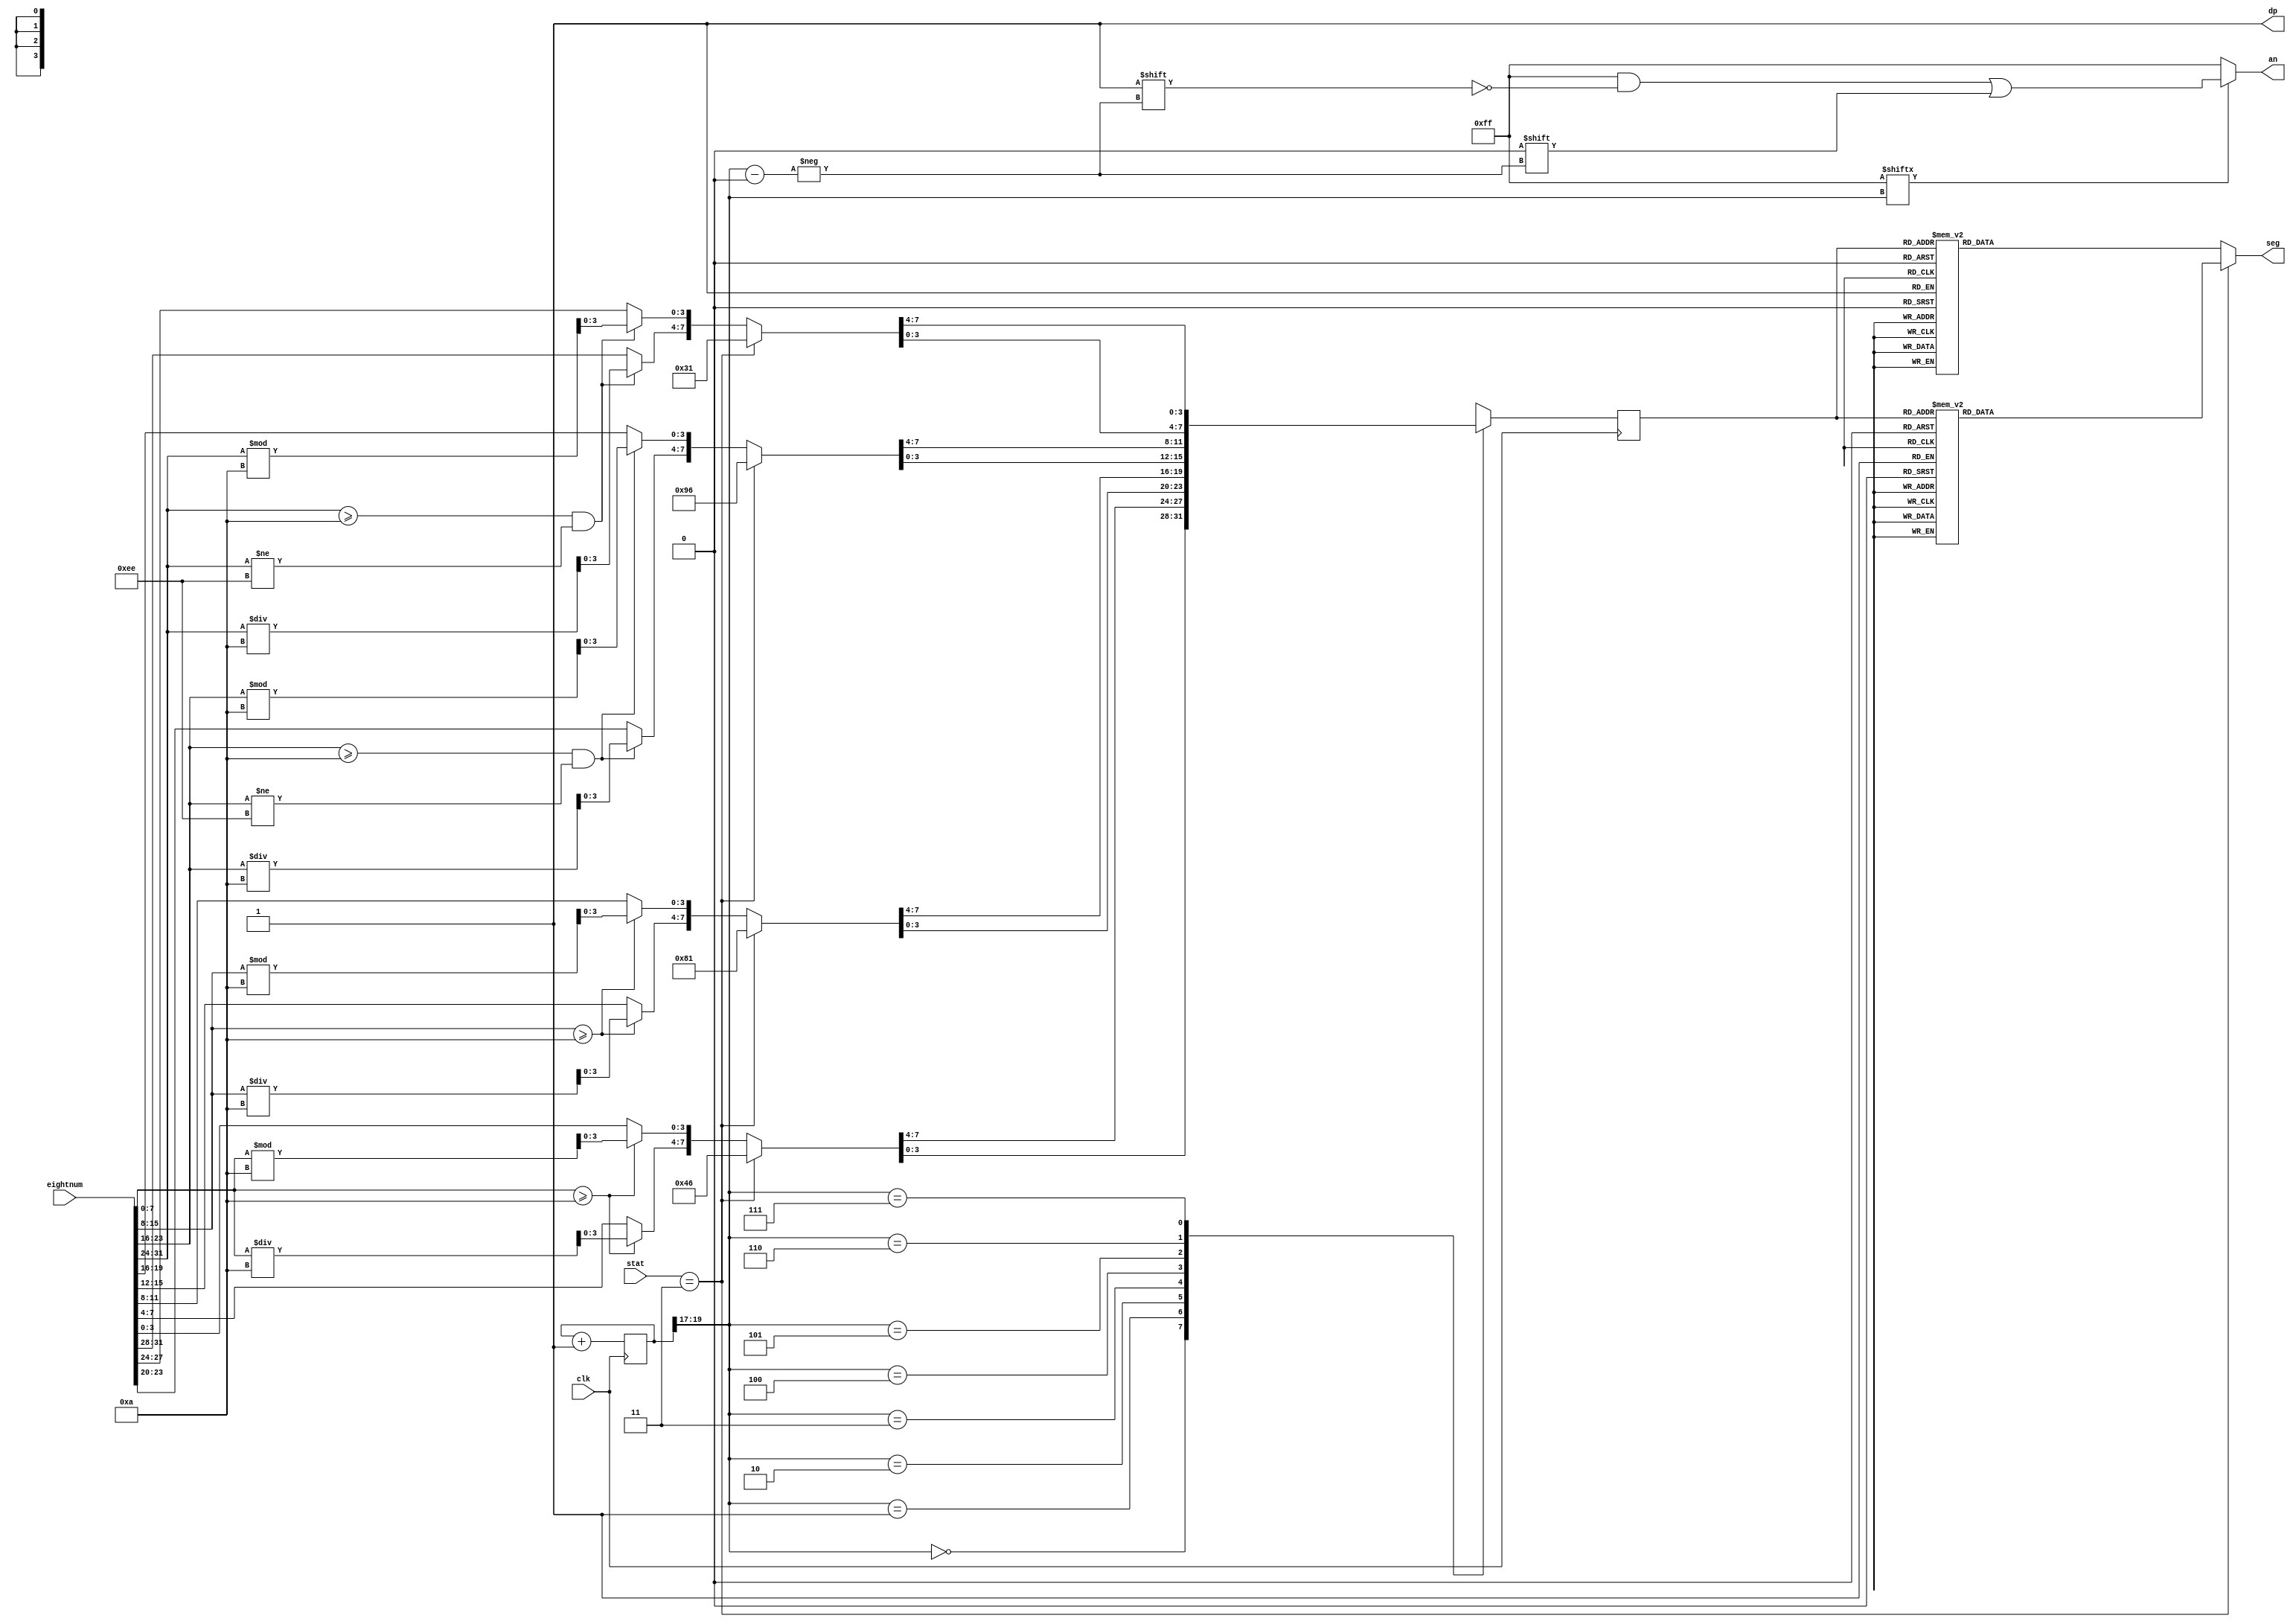
`timescale 1ns / 1ps
//////////////////////////////////////////////////////////////////////////////////
// Company: Digilent Inc.
//
// Design Name:
// Module Name:    seg7decimal
// Project Name: Nexys4DDR Keyboard Demo
// Target Devices: Nexys4DDR
// Tool Versions:
// Description: 7 segment display driver
//
// Dependencies:
//
// Revision:
// Revision 0.01 - File Created
// Additional Comments:
//
//////////////////////////////////////////////////////////////////////////////////
module seg7decimal(
    input [31:0] eightnum,
    input [3:0] stat,
    input clk,
    output reg [6:0] seg,
    output reg [7:0] an,
    output wire dp);
    
    wire [2:0] s; // select digit
    reg [3:0] digit;
    wire [7:0] aen;
    reg [19:0] clkdiv = 0;
    reg [32:0] num;
    
    assign dp  = 1; // turn off decimal point
    wire [3:0] ss = clkdiv / 10000000;
    assign s   = clkdiv[19:17];
    assign aen = 8'b11111111; // all turned off initially
    
    // quad 4to1 MUX.
    integer i;
    always @(posedge clk) begin// or posedge clr)
        if (stat == 4'h3)
            // ;
            case (0)
                0: num =    32'h31968146;
                1: num =    32'h56000000;
                2: num =    32'h66600000;
                3: num =    32'h06660000;
                4: num =    32'h00666000;
                5: num =    32'h00066600;
                6: num =    32'h00006660;
                7: num =    32'h00000666;
                8: num =    32'h00000067;
                9: num =    32'h0000001A;
                10: num =   32'h00000111;
                11: num =   32'h00001110;
                12: num =   32'h00011100;
                13: num =   32'h00111000;
                14: num =   32'h01110000;
                15: num =   32'h11100000;
            endcase
        else begin
            if (eightnum[7:0] >= 4'd10) begin // ????
                num[3:0] = eightnum[7:0] % 4'd10;
                num[7:4] = eightnum[7:0] / 4'd10;
                end
            else
                num[7:0] = eightnum[7:0];
                
            if (eightnum[15:8] >= 4'd10) begin // ?????
                num[11:8] = eightnum[15:8] % 4'd10;
                num[15:12] = eightnum[15:8] / 4'd10;
                end
            else
                num[15:8] = eightnum[15:8];

            if (eightnum[23:16] >= 4'd10 && eightnum[23:16] != 8'hEE) begin // ?????
                num[19:16] = eightnum[23:16] % 4'd10;
                num[23:20] = eightnum[23:16] / 4'd10;
                end
            else
                num[23:16] = eightnum[23:16];

            if (eightnum[31:24] >= 8'd10 && eightnum[31:24] != 8'hEE) begin // ?????
                num[27:24] = eightnum[31:24] % 4'd10;
                num[31:28] = eightnum[31:24] / 4'd10;
                end
            else
                num[31:24] = eightnum[31:24];
        end
        case(s)
            0:digit = num[3:0]; // s is 00 -->0 ;  digit gets assigned 4 bit value assigned to num[3:0]
            1:digit = num[7:4]; // s is 01 -->1 ;  digit gets assigned 4 bit value assigned to num[7:4]
            2:digit = num[11:8]; // s is 10 -->2 ;  digit gets assigned 4 bit value assigned to num[11:8
            3:digit = num[15:12]; // s is 11 -->3 ;  digit gets assigned 4 bit value assigned to num[15:12]
            4:digit = num[19:16]; // s is 00 -->0 ;  digit gets assigned 4 bit value assigned to num[3:0]
            5:digit = num[23:20]; // s is 01 -->1 ;  digit gets assigned 4 bit value assigned to num[7:4]
            6:digit = num[27:24]; // s is 10 -->2 ;  digit gets assigned 4 bit value assigned to num[11:8
            7:digit = num[31:28]; // s is 11 -->3 ;  digit gets assigned 4 bit value assigned to num[15:12]
            default:digit = num[3:0];
        endcase
    end
    
    //decoder or truth-table for 7seg display values
    always @(*)
        if (stat == 4'h3)
            case(digit)
                // 0 is lit // 1 is unlit //
                //////////<---MSB-LSB<---
                //////////////gfedcba////////////////////////////////////////////           	a
                0:seg   = 7'b1111111;////0000												   __
                1:seg   = 7'b1111110;////0001												f/	  /b
                2:seg   = 7'b1011110;////0010												  g
                3:seg   = 7'b1001110;////0011                                              	 __
                4:seg   = 7'b1000111;////0100										 	 e /   /c
                5:seg   = 7'b1100111;////0101										       __
                6:seg   = 7'b1110111;////0110                                              d
                7:seg   = 7'b1110011;////0111
                8:seg   = 7'b1110001;////1000
                9:seg   = 7'b1111000;////1001
                'hA:seg = 7'b1111100;
                'hB:seg = 7'b0100011;//o
                'hC:seg = 7'b0101111;//r
                'hD:seg = 7'b0101111;//r
                'hE:seg = 7'b0000110;//E
                'hF:seg = 7'b0001110;
                default: seg = 7'b0000000; // U
            endcase
        else
            case(digit)
                // 0 is lit // 1 is unlit //
                //////////<---MSB-LSB<---
                //////////////gfedcba////////////////////////////////////////////           	a
                0:seg   = 7'b1000000;////0000												   __
                1:seg   = 7'b1111001;////0001												f/	  /b
                2:seg   = 7'b0100100;////0010												  g
                3:seg   = 7'b0110000;////0011                                              	 __
                4:seg   = 7'b0011001;////0100										 	 e /   /c
                5:seg   = 7'b0010010;////0101										       __
                6:seg   = 7'b0000010;////0110                                              d
                7:seg   = 7'b1111000;////0111
                8:seg   = 7'b0000000;////1000
                9:seg   = 7'b0010000;////1001
                'hA:seg = 7'b0001000;
                'hB:seg = 7'b0000011;
                'hC:seg = 7'b1000110;
                'hD:seg = 7'b0100001;
                'hE:seg = 7'b0111111;//E
                'hF:seg = 7'b0001110;
                default: seg = 7'b0000000; // U
            endcase
    
    always @(*) begin
        an = 8'b11111111;
        if (aen[s] == 1)
            an[s] = 0;
    end
        
	//clkdiv
        
	always @(posedge clk) begin
		clkdiv = clkdiv+1;
	end
           
endmodule

module Disp_minus (input clk,
                   output wire [6:0] seg,
                   output wire an,
                   output wire dp);
    assign seg = 7'b1000000;
    assign an = 1;
endmodule // Disp_minus ?????